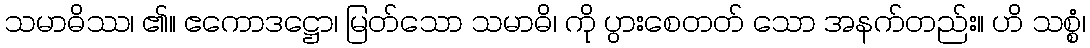
သမာဓိဿ၊ ၏။ ဧကောဒဋ္ဌော၊ မြတ်သော သမာဓိ၊ ကို ပွားစေတတ် သော အနက်တည်း။ ဟိ သစ္စံ၊